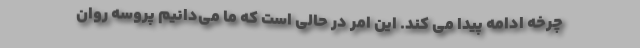
چرخه ادامه پیدا می کند. این امر در حالی است که ما می‌دانیم پروسه روان